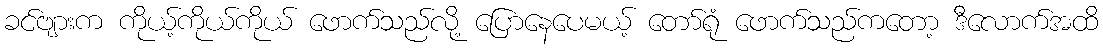
ခင်ဗျားက ကိုယ့်ကိုယ်ကိုယ် ဖောက်သည်လို့ ပြောနေပေမယ့် တော်ရုံ ဖောက်သည်ကတော့ ဒီလောက်အထိ